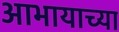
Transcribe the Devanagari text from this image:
आभायाच्या